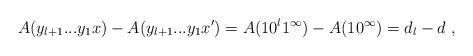
\begin{align*}A(y_{l+1}...y_1x) - A(y_{l+1}...y_1x') = A(10^l 1^\infty) - A(1 0^\infty) = d_l - d \ ,\end{align*}